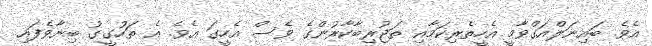
އެވެ. ބައިނަލްއަގްވާމީ އެހީތެރިކަމާއި ތަޖުރިބާކާރުންގެ ވެސް އެހީގަ އެވެ. އެ ތަހުގީގު ބިނާވެފައި